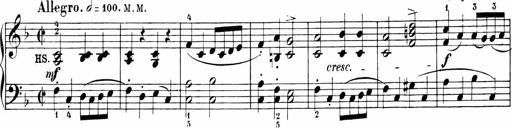
Title: 6 Sonatinas
Composer: Carl Reinecke